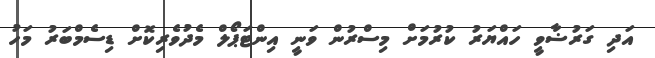
އަދި ގަރުޟާވީ ހައްޔަރު ކުރުމަށް މިސްރުން ވަނީ އިންޓަޕޯލް މެދުވެރިކޮށް ޑިސެމްބަރު މަހު